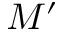
M ^ { \prime }